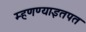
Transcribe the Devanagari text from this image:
म्हणण्याइतपत